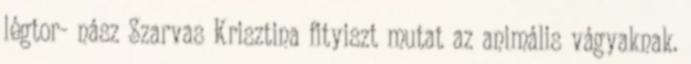
légtor- nász Szarvas Krisztina fityiszt mutat az animális vágyaknak.